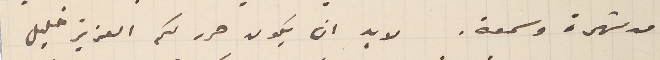
من شهرة وسمعة. لا بد ان يكون حرر لكم العزيز خليل